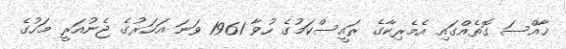
ޚާއްސަ ގޮތެއްގައި އެމެރިކާގެ ރައީސްކަމުގެ ހުވާ 1961 ވަނަ އަހަރުގެ ޖެނުއަރީ މަހުގެ